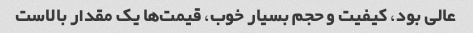
عالی بود، کیفیت و حجم بسیار خوب، قیمت‌ها یک مقدار بالاست